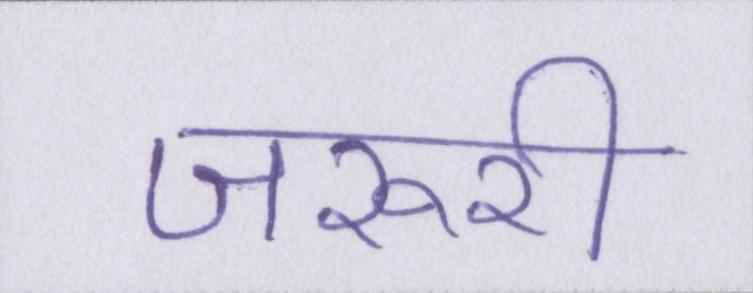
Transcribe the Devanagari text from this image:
जरूरी